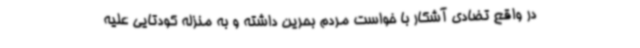
در واقع تضادی آشکار با خواست مردم بحرین داشته و به منزله کودتایی علیه